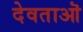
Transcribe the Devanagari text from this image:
देवताऒ